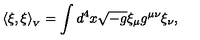
\langle \xi , \xi \rangle _ { _ V } = \int d ^ { 4 } x \sqrt { - g } \xi _ { \mu } g ^ { \mu \nu } \xi _ { \nu } ,